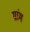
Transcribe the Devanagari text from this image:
ग्रांम